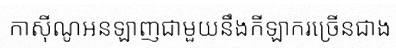
កាស៊ីណូអនឡាញជាមួយនឹងកីឡាករច្រើនជាង